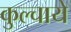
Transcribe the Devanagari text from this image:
कुल्चाये